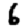
Digit: 6